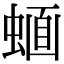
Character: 𧍹